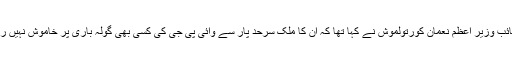
جمعرات کے روز ترکی کے نائب وزیر اعظم نعمان کورتولموش نے کہا تھا کہ ان کا ملک سرحد پار سے وائی پی جی کی کسی بھی گولہ باری پر خاموش نہیں رہے گا اور اس کا جواب دے گا۔